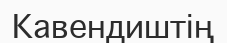
Кавендиштің